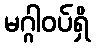
မဂ္ဂါဝပ်ရှိ